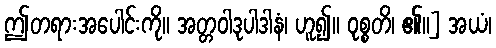
ဤတရားအပေါင်းကို။ အတ္တဝါဒုပါဒါနံ၊ ဟူ၍။ ဝုစ္စတိ၊ ၏။] အယံ၊